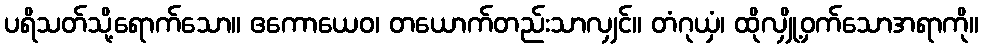
ပရိသတ်သို့ရောက်သော။ ဧကောယေဝ၊ တယောက်တည်းသာလျှင်။ တံဂုယှံ၊ ထိုလျှို့ဝှက်သောအရာကို။